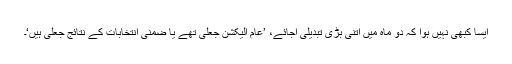
ایسا کبھی نہیں ہوا کہ دو ماہ میں اتنی بڑی تبدیلی آجائے، ’عام الیکشن جعلی تھے یا ضمنی انتخابات کے نتائج جعلی ہیں‘۔